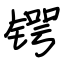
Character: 锷